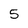
Character: 5